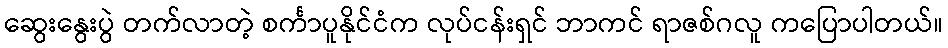
ဆွေးနွေးပွဲ တက်လာတဲ့ စင်္ကာပူနိုင်ငံက လုပ်ငန်းရှင် ဘာကင် ရာဇစ်ဂလူ ကပြောပါတယ်။